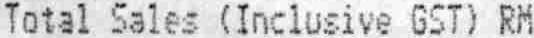
TOTAL SALES (INCLUSIVE GST) RM